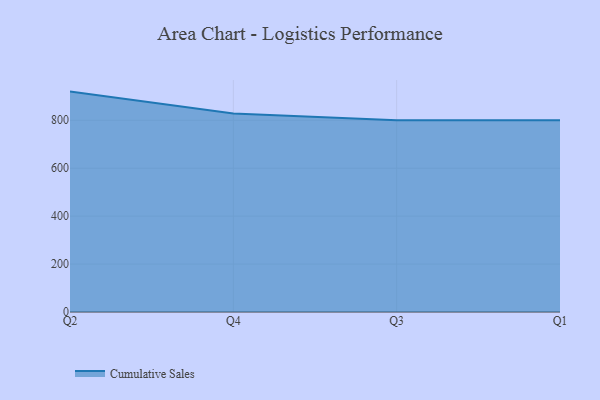
{"axis": {"x": "Quarter", "y": "Production Output"}, "legend": ["Cumulative Sales"], "data": [{"x": "Q2", "y": 919.6, "type": "Cumulative Sales"}, {"x": "Q4", "y": 828.2, "type": "Cumulative Sales"}, {"x": "Q3", "y": 800, "type": "Cumulative Sales"}, {"x": "Q1", "y": 800, "type": "Cumulative Sales"}]}